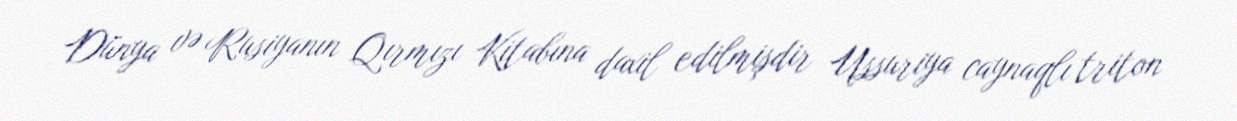
Dünya və Rusiyanın Qırmızı Kitabına daxil edilmişdir Ussuriya caynaqlı triton